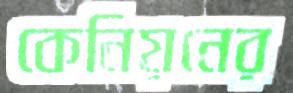
কেনিয়নের